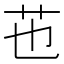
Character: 𦬎